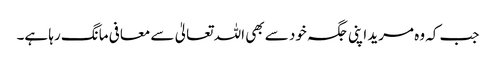
جب کہ وہ مرید اپنی جگہ خود سے بھی اللہ تعالیٰ سے معافی مانگ رہا ہے۔